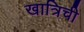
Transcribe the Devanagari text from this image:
खात्रिची